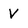
Character: V